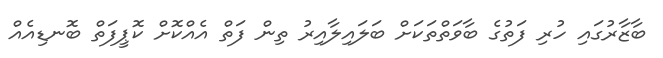
ބާޒާރުގައި ހުރި ފަތުގެ ބާވަތްތަކަށް ބަލައިލާއިރު ތިން ފަތް އެއްކޮށް ކޮޕީފަތް ބޮނޑިއެއް